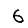
Digit: 6